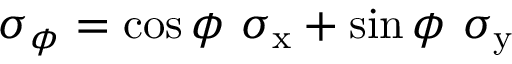
\sigma _ { \phi } = \cos \phi ~ \sigma _ { \mathrm { x } } + \sin \phi ~ \sigma _ { \mathrm { y } }